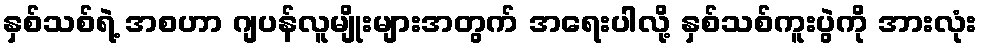
နှစ်သစ်ရဲ့ အစဟာ ဂျပန်လူမျိုးများအတွက် အရေးပါလို့ နှစ်သစ်ကူးပွဲကို အားလုံး